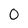
Character: 0